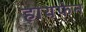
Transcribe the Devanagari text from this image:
हायफेन